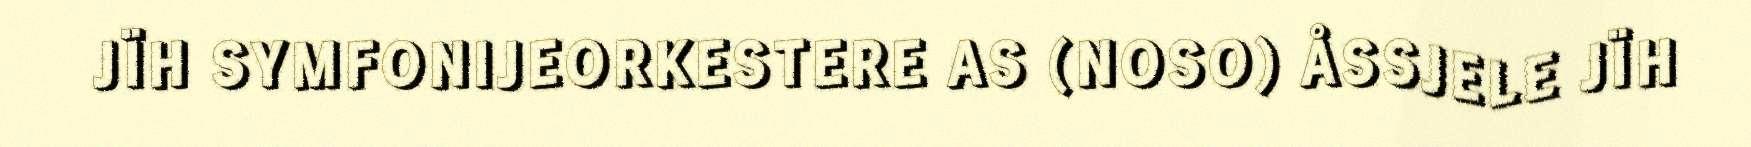
JÏH SYMFONIJEORKESTERE AS (NOSO) ÅSSJELE JÏH